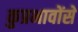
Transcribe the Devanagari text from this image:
कुप्रभावोंसे